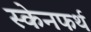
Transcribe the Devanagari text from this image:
स्केनफर्थ